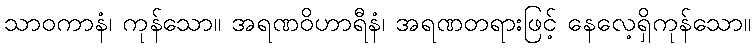
သာဝကာနံ၊ ကုန်သော။ အရဏဝိဟာရီနံ၊ အရဏတရားဖြင့် နေလေ့ရှိကုန်သော။